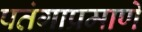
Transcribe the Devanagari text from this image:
पतंगाप्रमाणे